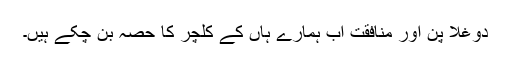
دوغلا پن اور منافقت اب ہمارے ہاں کے کلچر کا حصہ بن چکے ہیں۔